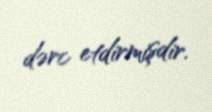
dərc etdirmişdir.